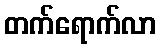
တက်ရောက်လာ